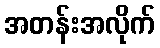
အတန်းအလိုက်